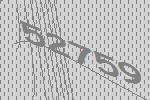
52759